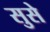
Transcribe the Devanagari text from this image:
सुसे